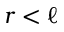
r < \ell